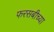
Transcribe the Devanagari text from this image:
फरसबीच्या